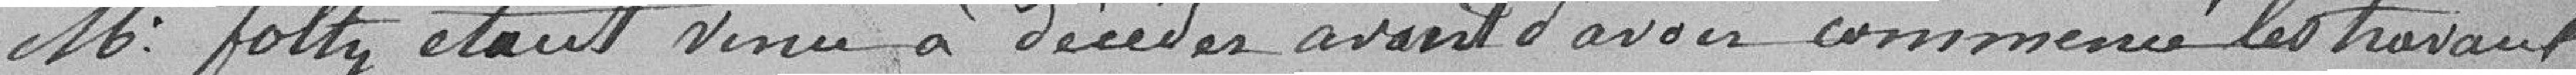
Monsieur Foltz étant venu à décéder avant d'avoir commencé les travaux